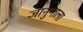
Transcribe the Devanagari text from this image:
जानुमाला